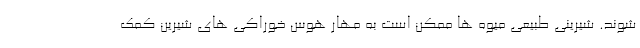
شوند. شیرینی طبیعی میوه ها ممکن است به مهار هوس خوراکی های شیرین کمک